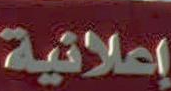
إعلانية